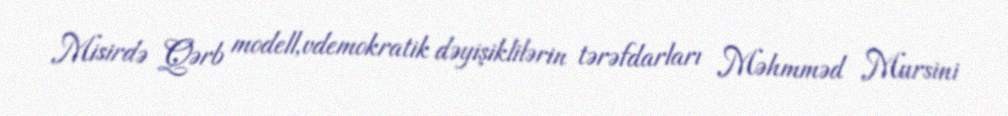
Misirdə Qərb modell,vdemokratik dəyişiklilərin tərəfdarları Məhmməd Mursini